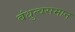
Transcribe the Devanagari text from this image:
बंधुत्वसमान